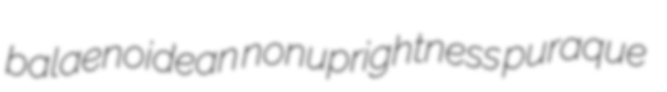
balaenoidean nonuprightness puraque